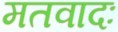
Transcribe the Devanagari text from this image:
मतवादः